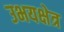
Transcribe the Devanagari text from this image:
उभयक्षेत्र